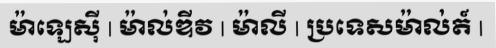
ម៉ាឡេស៊ី | ម៉ាល់ឌីវ | ម៉ាលី | ប្រទេសម៉ាល់ត៍ |